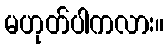
မဟုတ်ပါကလား။